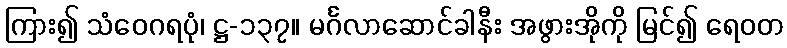
ကြား၍ သံဝေဂရပုံ၊ ဋ္ဌ-၁၃၇။ မင်္ဂလာဆောင်ခါနီး အဖွားအိုကို မြင်၍ ရေဝတ